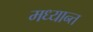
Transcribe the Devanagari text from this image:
मध्यान्त